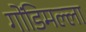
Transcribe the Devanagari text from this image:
गोंडिमल्ला